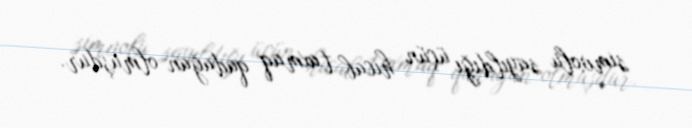
simvolu sayıldığı üçün hicab taxmaq qadağan olmuşdur.